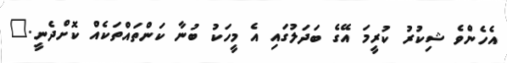
އެހެންވެ ޝިކުރު ކުރީމަ އޭގެ ބަދަލުގައި އެ މީހަކު ބުނާ ކަންތައްތަކެއް ކޮށްދެނީ."